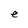
Character: e